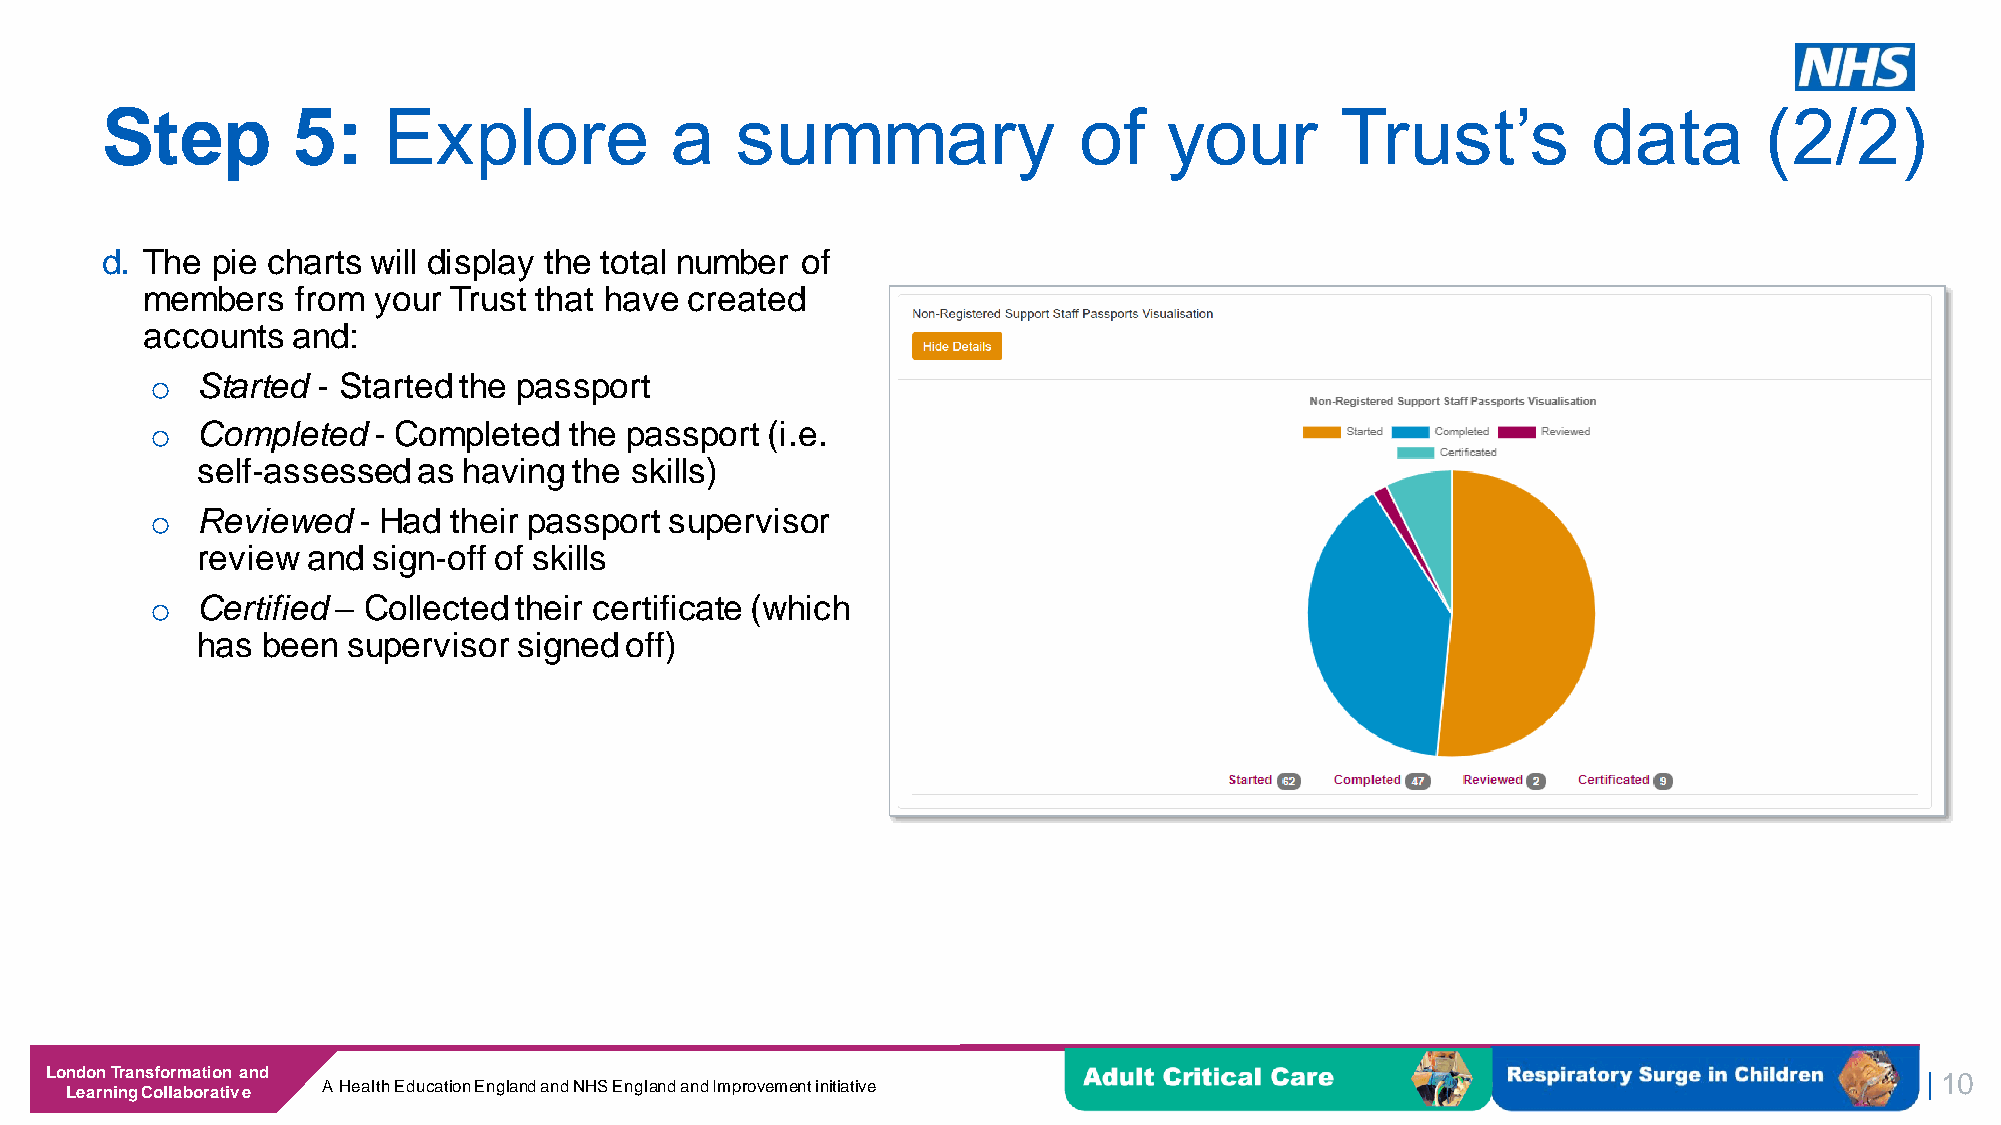
Step        5:    Explore            a    summary               of    your        Trust’s         data        (2/2)
 d. The pie charts will display the total number of
 members    from your Trust that have created
 accounts  and:
 o  Started - Started the passport
 o  Completed   - Completed  the passport (i.e.
 self-assessed  as having the skills)
 o  Reviewed   - Had their passport supervisor
 review and  sign-off of skills
 o  Certified – Collected their certificate (which
 has been  supervisor signed off)
 London Transformation and
 | 10
 Learning Collaborative A Health Education England and NHS England and Improvement initiative